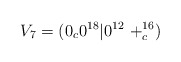
\begin{align*}V_7=(0_c 0^{18}| 0^{12}\ +^{16}_c)\end{align*}